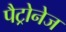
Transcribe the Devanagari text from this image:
पैट्रोनेज